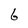
Character: 6